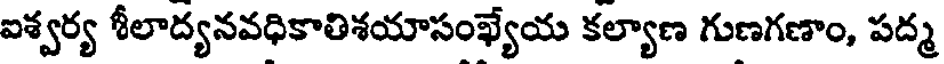
ఐశ్వర్య శీలాద్యనవధికాతిశయాసంఖ్యేయ కల్యాణ గుణగణాం, పద్మ